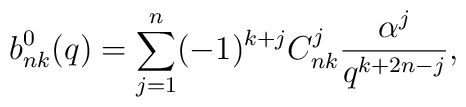
b_{nk}^0(q)= \sum_{j=1}^n (-1)^{k+j} C_{nk}^j  \frac{\alpha^j}{q^{k+2n-j}},